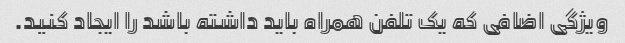
ویژگی اضافی که یک تلفن همراه باید داشته باشد را ایجاد کنید.